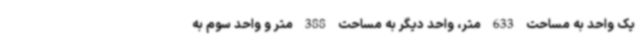
یک واحد به مساحت 633 متر، واحد دیگر به مساحت 388 متر و واحد سوم به